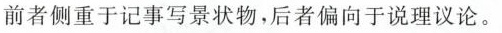
前者侧重于记事写景状物，后者偏向于说理议论。